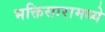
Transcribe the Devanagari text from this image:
भक्तिसारामध्ये